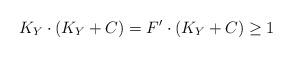
LaTeX: \begin{align*}K_Y\cdot (K_Y+C)=F^{\prime}\cdot (K_Y+C) \geq 1\end{align*}